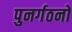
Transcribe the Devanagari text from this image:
पुनर्गठनों